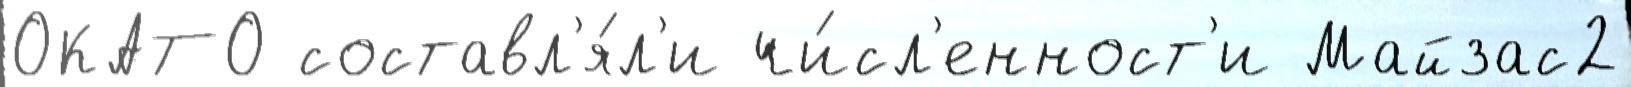
ОКАТО составл'я́л'и чи́сл'енност'и Майзас2